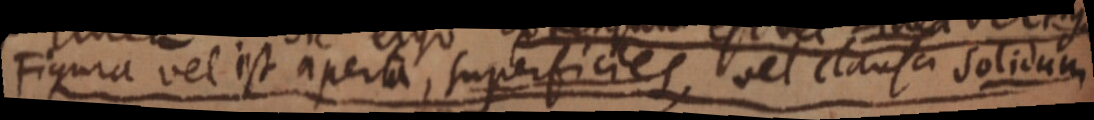
Figura vel est aperta, superficies, vel clausa solidum